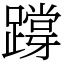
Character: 𨅝